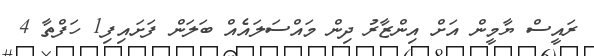
ރައީސް ޔާމީން އަށް އިންޒާރު ދިން މައްސަލައެއް ބަލަން ފަށައިފި1 ހަފްތާ 4